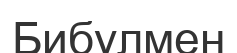
Бибулмен